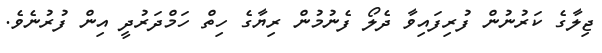
ޖިލާގެ ކަރުނުން ފުރިފައިވާ ދެލޯ ފެނުމުން ރިޔާގެ ހިތް ހަމްދަރުދީ އިން ފުރުނެވެ.